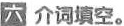
六 介词填空 。